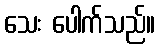
သေး ပေါက်သည်။